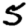
Digit: 5